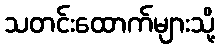
သတင်းထောက်များသို့